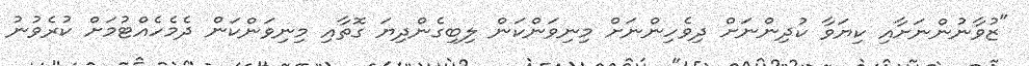
"ޒުވާނުންނަށާއި ކިޔަވާ ކުދިންނަށް ދިވެހިންނަށް މިނިވަންކަން ލިބިގެންދިޔަ ގޮތާއި މިނިވަންކަން ދެމެހެއްޓުމަށް ކުރެވުނު